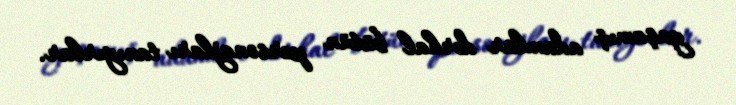
yaşamış adamlar dərhal bütün personajları tanıyırlar.